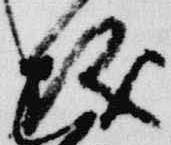
儀